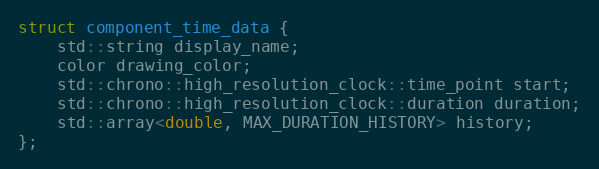
Language: C
struct component_time_data {
	std::string display_name;
	color drawing_color;
	std::chrono::high_resolution_clock::time_point start;
	std::chrono::high_resolution_clock::duration duration;
	std::array<double, MAX_DURATION_HISTORY> history;
};